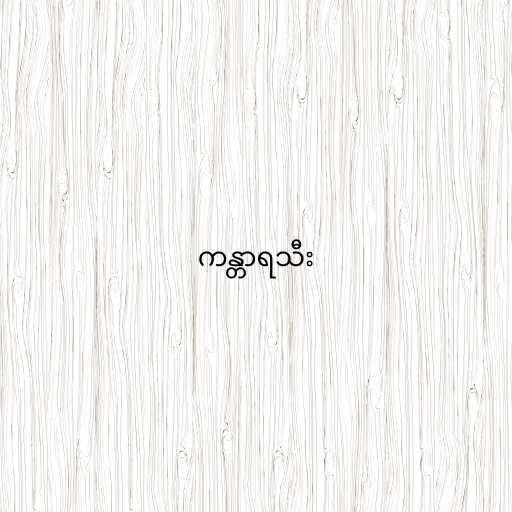
ကန္တာရသီး